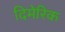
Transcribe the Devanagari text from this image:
दिमेरिक